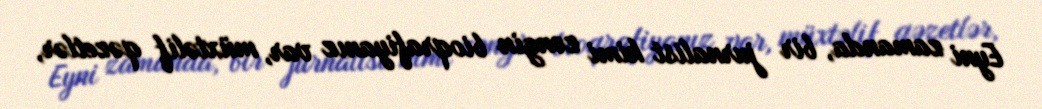
Eyni zamanda, bir jurnalist kimi zəngin bioqrafiyanız var, müxtəlif qəzetlər,